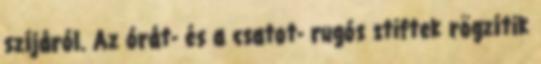
szíjáról. Az órát- és a csatot- rugós stiftek rögzítik